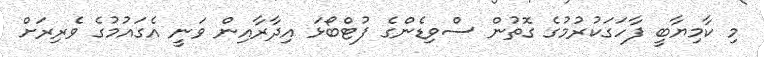
މި ކާމިޔާބީ ފާހަގަކުރުމުގެ ގޮތުން ސްވިޑެންގެ ފުޓްބޯޅަ އިދާރާއިން ވަނީ އެގައުމުގެ ވެރިރަށް